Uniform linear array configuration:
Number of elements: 16
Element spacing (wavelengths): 0.5
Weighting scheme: hamming
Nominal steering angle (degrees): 60
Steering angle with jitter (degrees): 61.048
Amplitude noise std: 0.05
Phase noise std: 0.05

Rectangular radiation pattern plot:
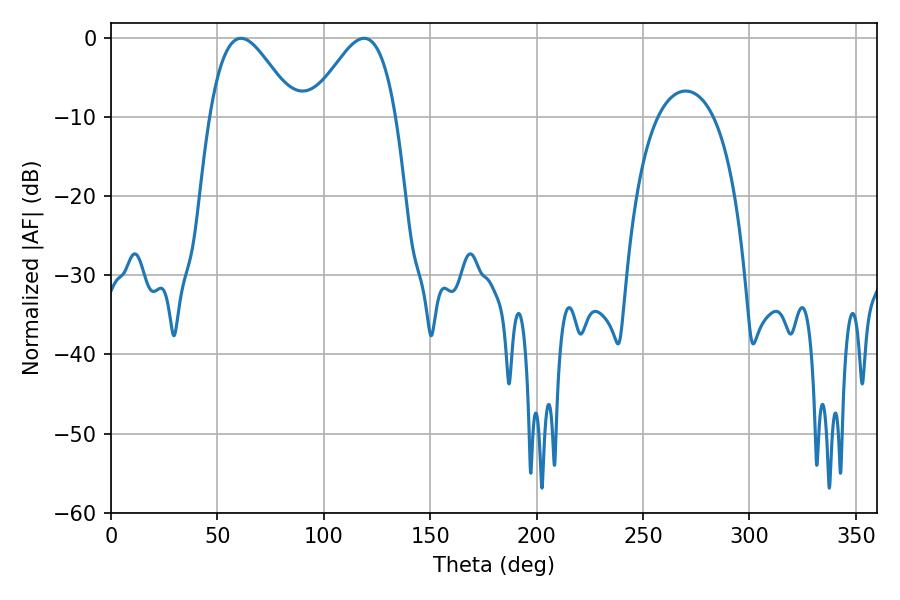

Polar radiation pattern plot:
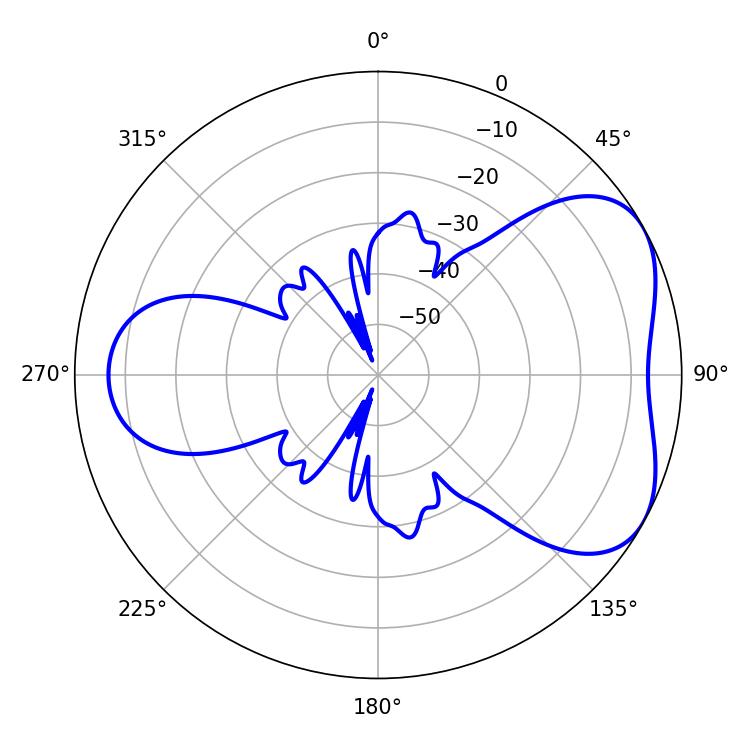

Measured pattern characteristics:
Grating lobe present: FALSE
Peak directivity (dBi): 4.837
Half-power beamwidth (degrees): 21.6
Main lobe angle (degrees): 61.02